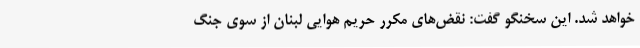
خواهد شد. این سخنگو گفت: نقض‌های مکرر حریم هوایی لبنان از سوی جنگ